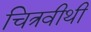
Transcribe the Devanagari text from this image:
चित्रवीथी